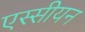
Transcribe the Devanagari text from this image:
एस्सीयन